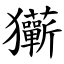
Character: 玂